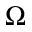
\Omega